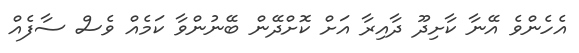
އެހެންވެ އޭނާ ކާށިދޫ ދާއިރާ އަށް ކޮށްދޭން ބޭނުންވާ ކަމެއް ވެސް ސާފެއް